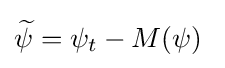
{\widetilde {\psi }}=\psi _{t}-M(\psi )\